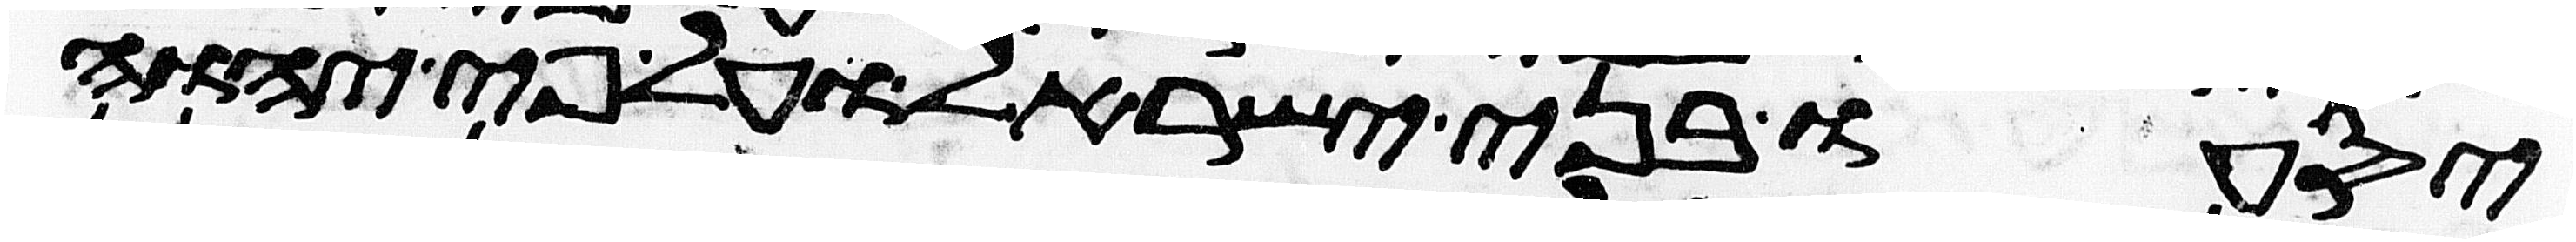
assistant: יסעו בני ישראל ועל פי יהוה